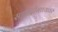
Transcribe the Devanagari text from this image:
सह्याद्रीमाथ्यावर